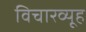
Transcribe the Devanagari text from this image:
विचारव्यूह